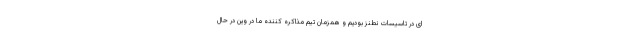
ای در تاسیسات نطنز بودیم و همزمان تیم مذاکره کننده ما در وین در حال